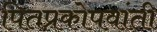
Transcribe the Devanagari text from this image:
पितप्रकोपवांती